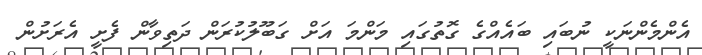
އެންމެންނަކީ ނުބައި ބައެއްގެ ގޮތުގައި މަންމަ އަށް ގަބޫލުކުރަން ދަތިވާން ފެށީ އެރަށުން